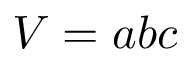
V = a b c